Annual administration report of the Civil Veterinary Department of India - 1895-1896
Year: 1895
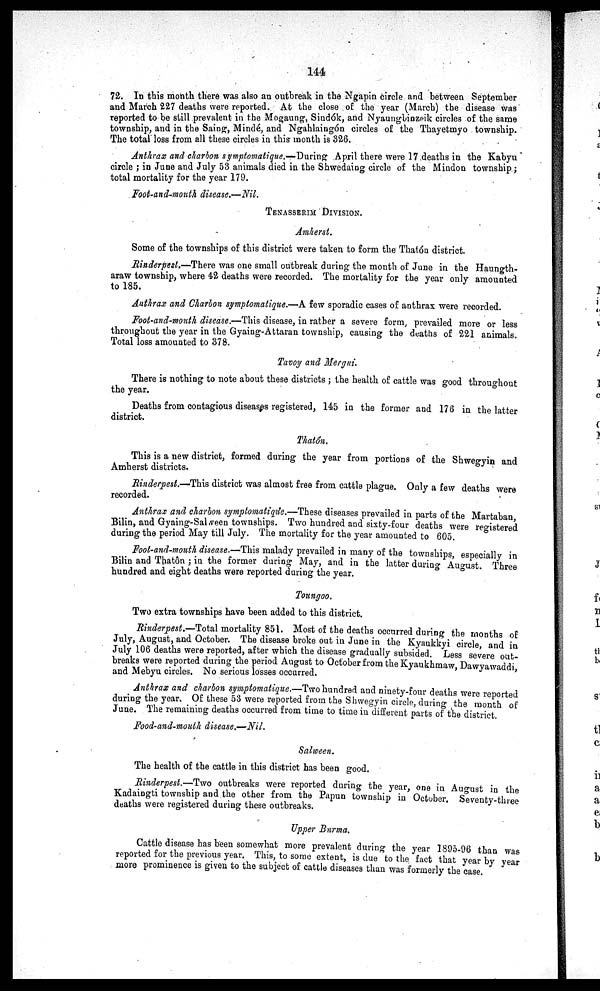
144
72. In this month there was also an outbreak in the Ngapin circle and between September
and March 227 deaths were reported. At the close of the year (March) the disease was
reported to be still prevalent in the Mogaung, Sindók, and Nyaungbinzeik circles of the same
township, and in the Saing, Mindé, and Ngahlaingón circles of the Thayetmyo township.
The total loss from all these circles in this month is 326.
Anthrax and charbon symptomatique.—During April there were 17 deaths in the Kabyu
circle; in June and July 53 animals died in the Shwedaing circle of the Mindon township;
total mortality for the year 179.
Foot-and-mouth disease.—Nil.
TENASSERIM DIVISION.
Amherst.
Some of the townships of this district were taken to form the Thatón district.
Rinderpest.—There was one small outbreak during the month of June in the Haungth-
araw township, where 42 deaths were recorded. The mortality for the year only amounted
to 185.
Anthrax and Charbon symptomatiqiie.—A few sporadic cases of anthrax were recorded.
Foot-and-mouth disease.—This disease, in rather a severe form, prevailed more or less
throughout the year in the Gyaing-Attaran township, causing the deaths of 221 animals.
Total loss amounted to 378.
Tavoy and Mergui.
There is nothing to note about these districts; the health of cattle was good throughout
the year.
Deaths from contagious diseases registered, 145 in the former and 176 in the latter
district.
Thatôn.
This is a new district, formed during the year from portions of the Shwegyin and
Amherst districts.
Rinderpest.—This district was almost free from cattle plague. Only a few deaths were
recorded.
Anthrax and charbon symptomatique.—These diseases prevailed in parts of the Martaban,
Bilin, and Gyaing-Salween townships. Two hundred and sixty-four deaths were registered
during the period May till July. The mortality for the year amounted to 605.
Foot-and-mouth disease.—This malady prevailed in many of the townships, especially in
Bilin and Thatôn; in the former during May, and in the latter during August. Three
hundred and eight deaths were reported during the year.
Toungoo.
Two extra townships have been added to this district.
Rinderpest.—Total mortality 851. Most of the deaths occurred during the months of
July, August, and October. The disease broke out in June in the Kyaukkyi circle, and in
July 106 deaths were reported, after which the disease gradually subsided. Less severe out-
breaks were reported during the period August to October from the Kyaukhmaw, Dawyawaddi
and Mebyu circles. No serious losses occurred.
Anthrax and charbon symptomatique.—Two hundred and ninety-four deaths were reported
during the year. Of these 53 were reported from the Shwegyin circle, during the month of
June. The remaining deaths occurred from time to time in different parts of the district.
Food-and-mouth disease.—Nil.
Salween.
The health of the cattle in this district has been good.
Rinderpest.—Two outbreaks were reported during the year, one in August in the
Kadaingti township and the other from the Papun township in October. Seventy-three
deaths were registered during these outbreaks.
Upper Burma.
Cattle disease has been somewhat more prevalent during the year 1895-96 than was
reported for the previous year. This, to some extent, is due to the fact that year by year
more prominence is given to the subject of cattle diseases than was formerly the case.